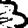
Digit: 3